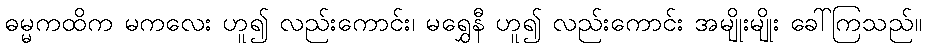
ဓမ္မကထိက မကလေး ဟူ၍ လည်းကောင်း၊ မရွှေနီ ဟူ၍ လည်းကောင်း အမျိုးမျိုး ခေါ်ကြသည်။